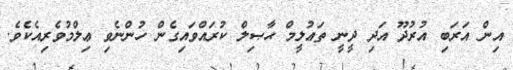
އިން އަރަބި އުރުދޫ އަދި ދީނީ ތަޢުލީމް ޙާޞިލް ކުރައްވައިގެން ހުންނެވި ޢިލްމުވެރިއެކެވެ.